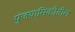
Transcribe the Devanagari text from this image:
पुंजयामिकीतील